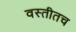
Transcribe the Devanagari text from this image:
वस्तीतच